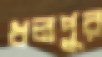
ধলপুর